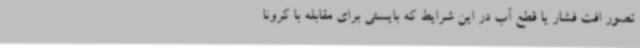
تصور افت فشار یا قطع آب در این شرایط که بایستی برای مقابله با کرونا